Scottish Leaving Certificate Examination, 1953
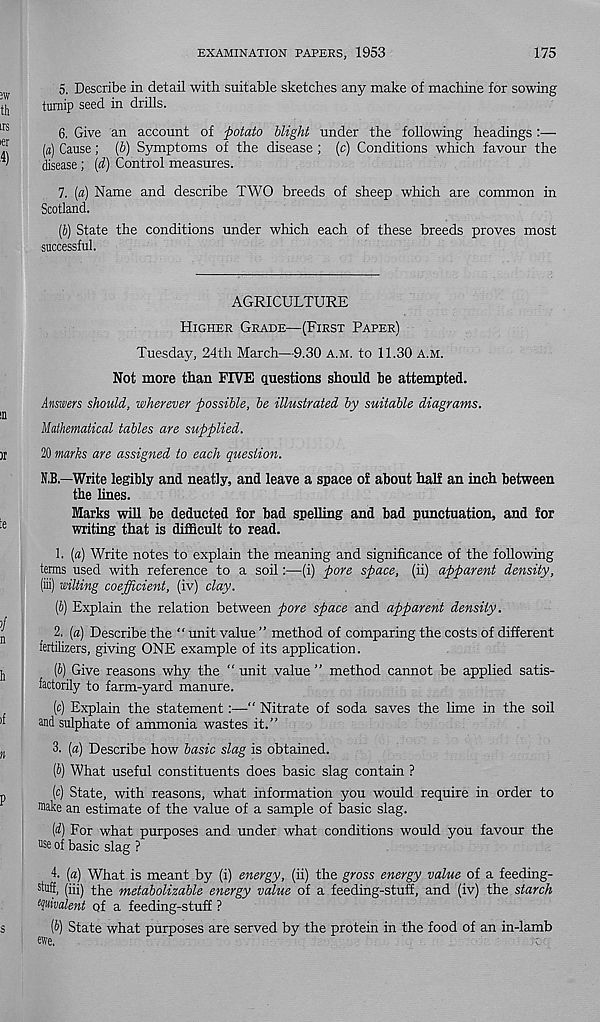
EXAMINATION PAPERS, 1953
175
5. Describe in detail with suitable sketches any make of machine for sowing
turnip seed in drills.
6. Give an account of potato blight under the following headings
(a) Cause; (b) Symptoms of the disease ; (c) Conditions which favour the
disease; (d) Control measures.
7. [a) Name and describe TWO breeds of sheep which are common in
Scotland.
(J) State the conditions under which each of these breeds proves most
successful.
AGRICULTURE
Higher Grade—(First Paper)
Tuesday, 24th March—9.30 A.m. to 11.30 A.M.
Not more than FIVE questions should be attempted.
Answers should, wherever possible, be illustrated by suitable diagrams.
Mathematical tables are supplied.
20 marks are assigned to each question.
N.B.—Write legibly and neatly, and leave a space of about half an inch between
the lines.
Marks will be deducted for bad spelling and bad punctuation, and for
writing that is difficult to read.
1. (a) Write notes to explain the meaning and significance of the following
terms used with reference to a soil:—(i) pore space, (ii) apparent density,
(iii) wilting coefficient, (iv) clay.
(b) Explain the relation between pore space and apparent density.
2. [a) Describe the “ unit value ” method of comparing the costs of different
fertilizers, giving ONE example of its application.
(t) Give reasons why the “ unit value ” method cannot be applied satis-
factorily to farm-yard manure.
(c) Explain the statement:—“ Nitrate of soda saves the lime in the soil
and sulphate of ammonia wastes it."
3. («) Describe how basic slag is obtained.
(b) What useful constituents does basic slag contain ?
(c) State, with reasons, what information you would require in order to
m ake an estimate of the value of a sample of basic slag.
(d) For what purposes and under what conditions would you favour the
use of basic slag ?
4. {a) What is meant by (i) energy, (ii) the gross energy value of a feeding-
stuff, (iii) the metabolizable energy value of a feeding-stuff, and (iv) the starch
tjuivalent of a feeding-stuff ?
(b) State what purposes are served by the protein in the food of an in-lamb
We,